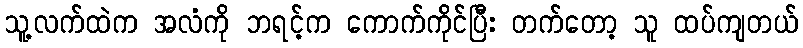
သူ့လက်ထဲက အလံကို ဘရင့်က ကောက်ကိုင်ပြီး တက်တော့ သူ ထပ်ကျတယ်